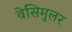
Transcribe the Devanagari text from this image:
वेसिमुलर